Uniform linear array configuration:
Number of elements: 4
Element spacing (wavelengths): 1
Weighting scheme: cosine
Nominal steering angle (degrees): -60
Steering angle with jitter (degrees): -60.838
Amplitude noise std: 0.05
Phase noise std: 0.05

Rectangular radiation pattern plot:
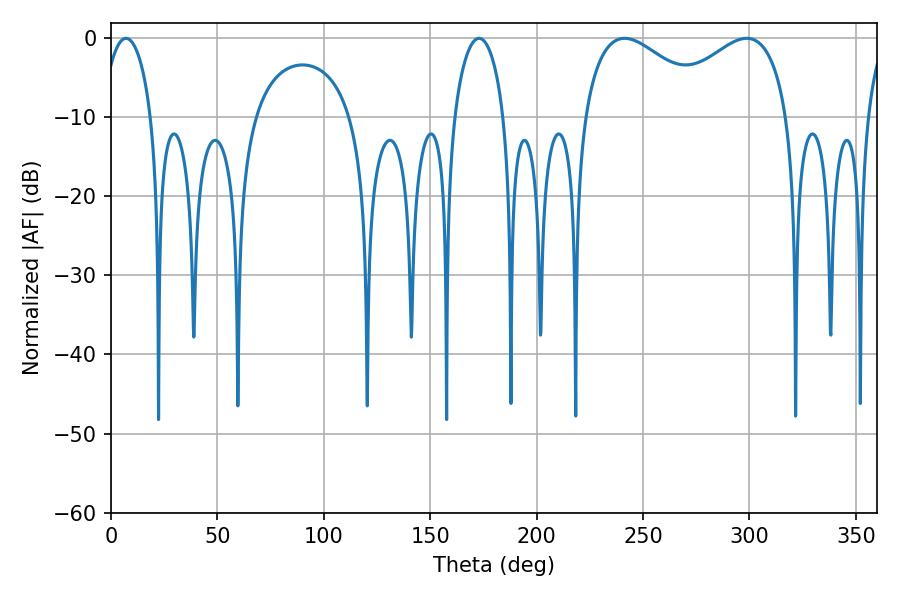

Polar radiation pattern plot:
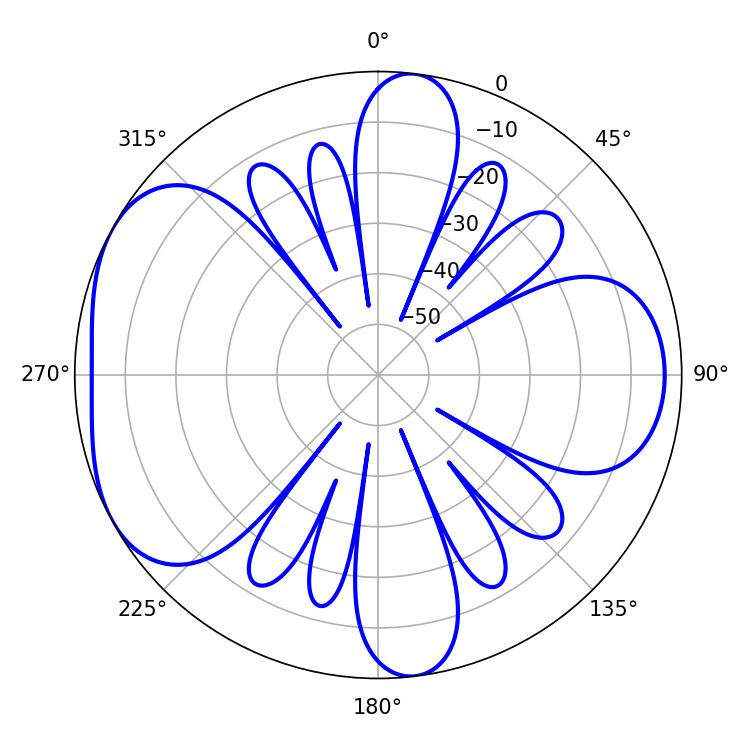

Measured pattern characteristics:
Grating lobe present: TRUE
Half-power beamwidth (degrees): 13.32
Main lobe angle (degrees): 7.02